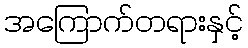
အကြောက်တရားနှင့်